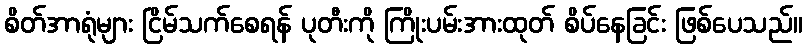
စိတ်အာရုံများ ငြိမ်သက်စေရန် ပုတီးကို ကြိုးပမ်းအားထုတ် စိပ်နေခြင်း ဖြစ်ပေသည်။